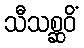
သီသစ္ဆဝိံ